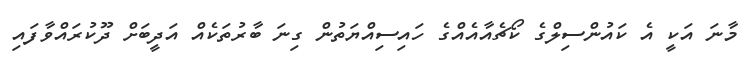
މާނަ އަކީ އެ ކައުންސިލްގެ ކޯޗެއާއެއްގެ ހައިސިއްޔަތުން ގިނަ ބާރުތަކެއް އަދީބަށް ދޫކުރައްވާފައި